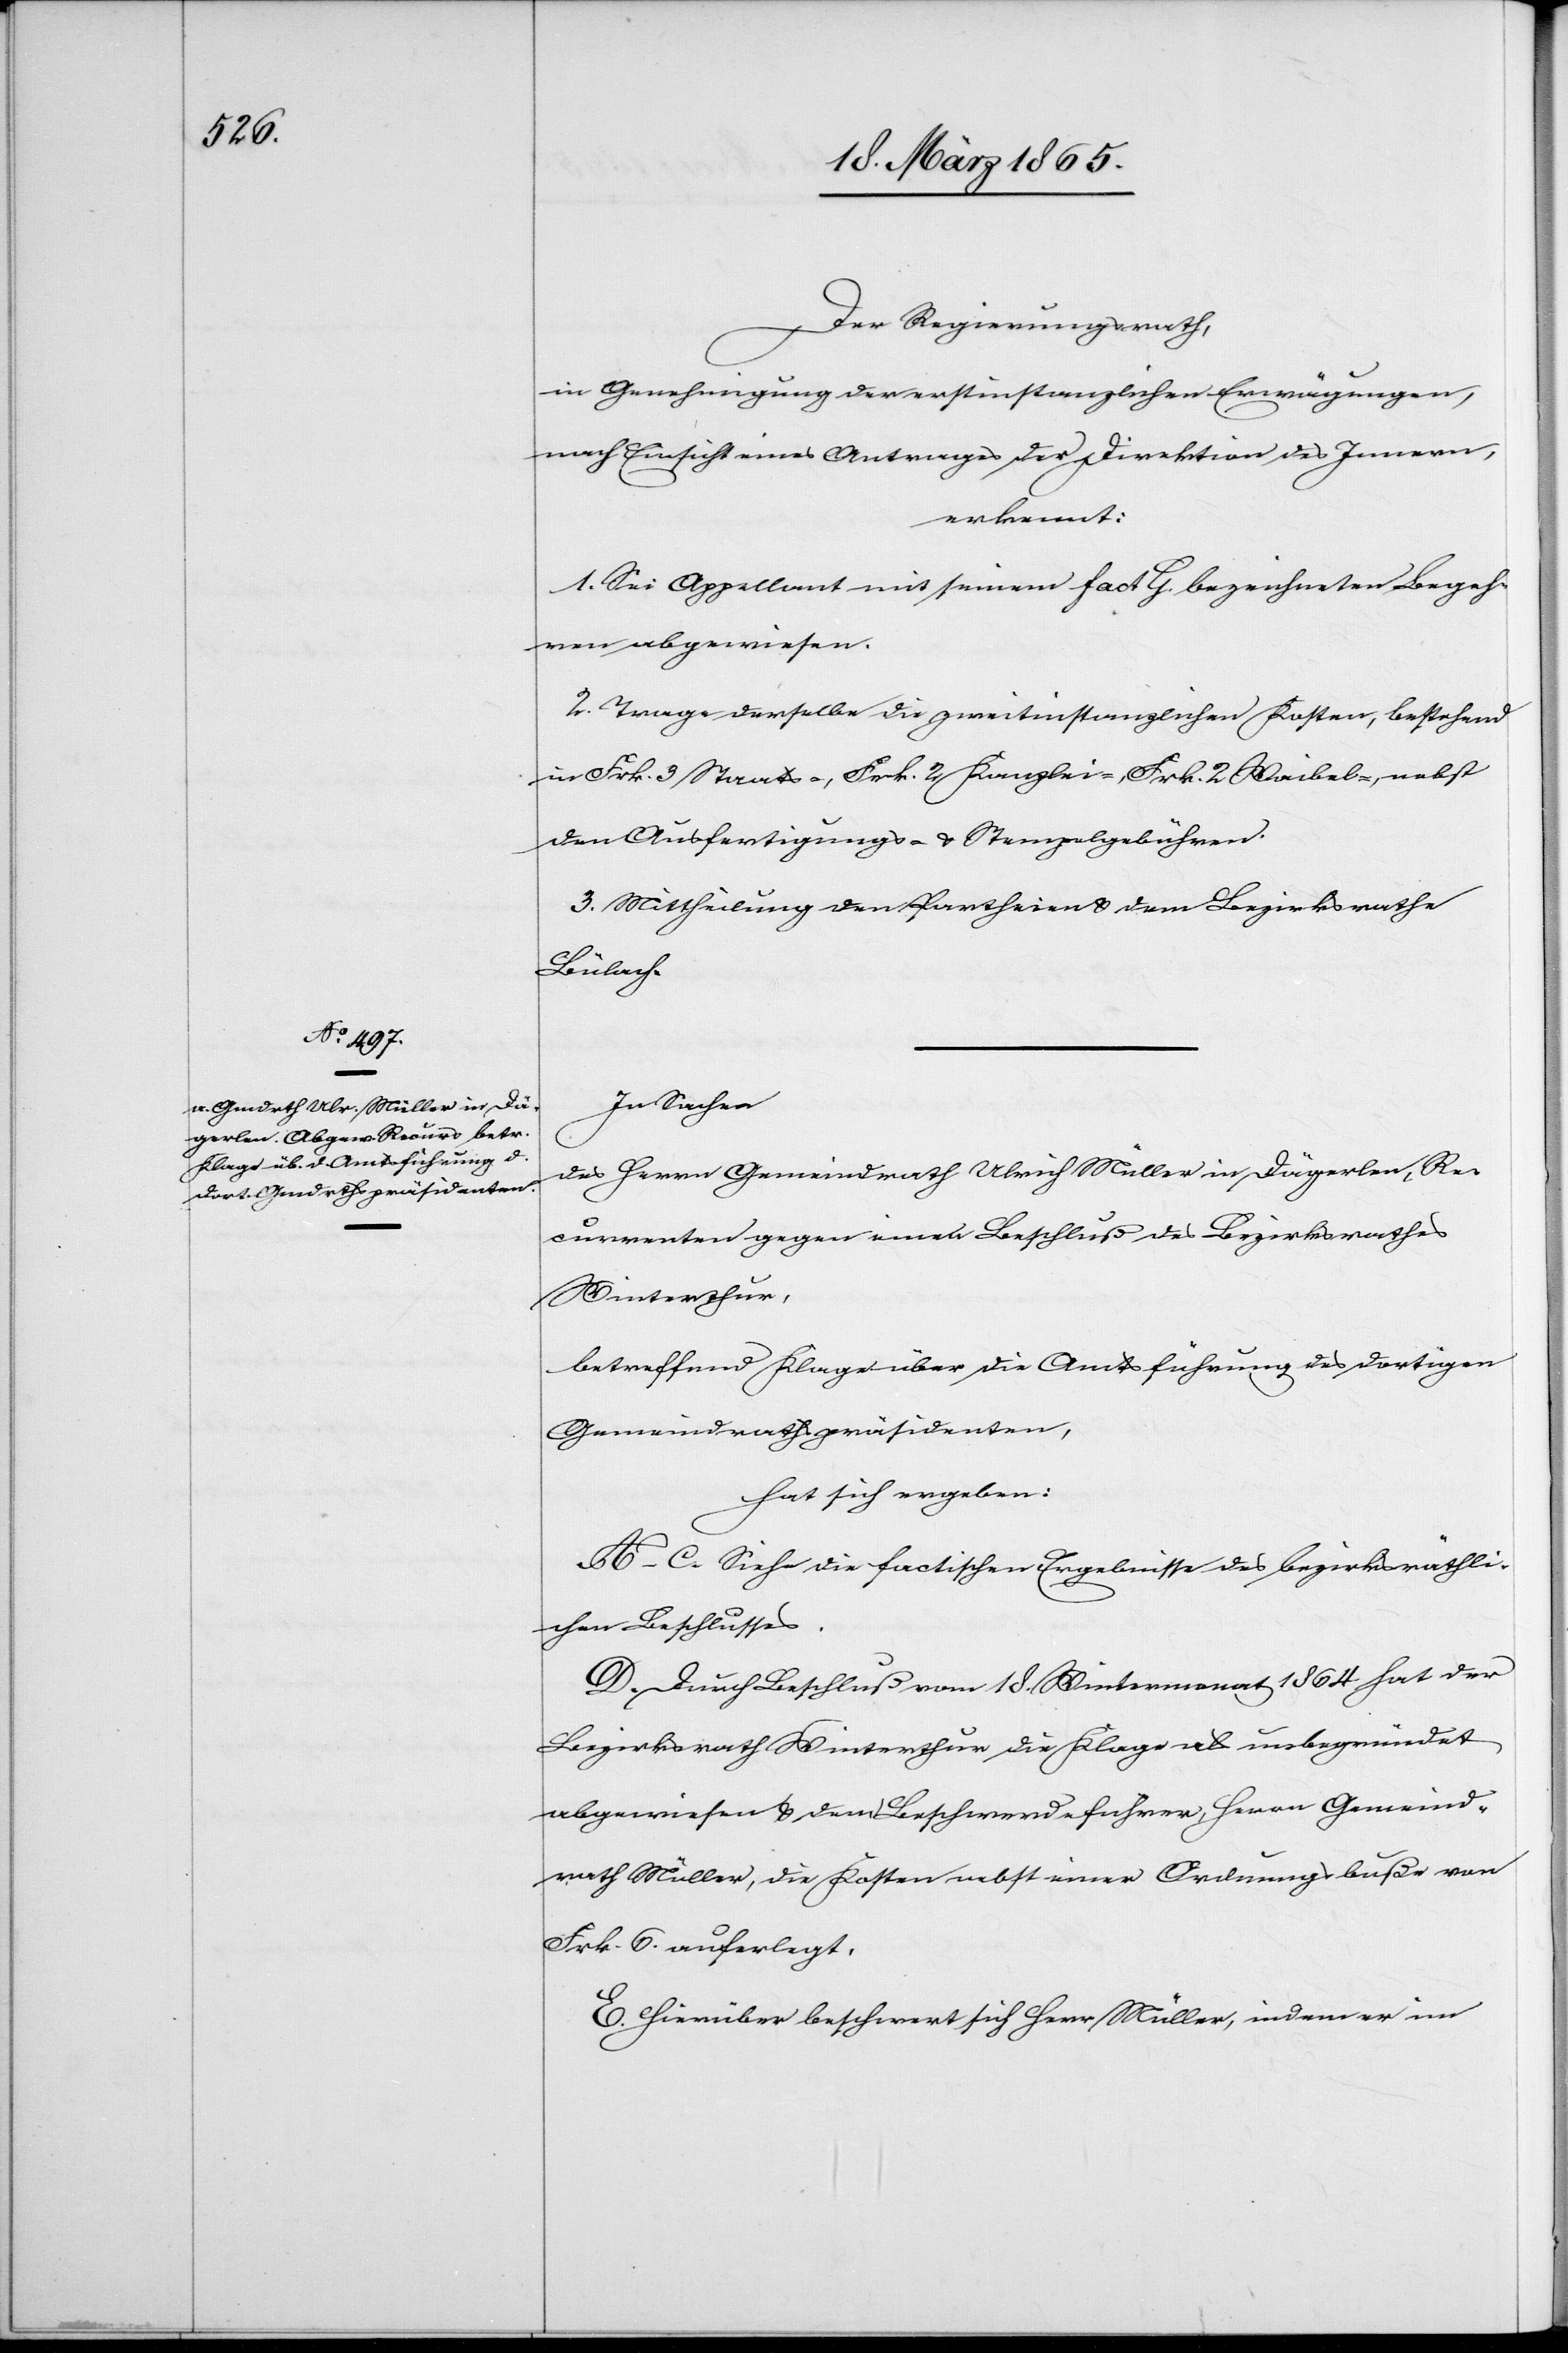
Der Regierungsrath,
in Genehmigung der erstinstanzlichen Erwägungen,
nach Einsicht eines Antrages der Direktion des Innern,
erkennt:
1. Sei Appellant mit seinem fact G. bezeichneten Begeh¬
ren abgewiesen.
2. Trage derselbe die zweitinstanzlichen Kosten, bestehend
in Frk. 3 Staats-, Frk. 2 Kanzlei-, Frk. 2 Waibel-, nebst
den Ausfertigungs- & Stempelgebühren.
3. Mittheilung den Partheien & dem Bezirksrathe
Bülach.
In Sachen
des Herrn Gemeindrath Ulrich Müller in Dägerlen, Re¬
currenten gegen einen Beschluß des Bezirksrathes
Winterthur,
betreffend Klage über die Amtsführung des dortigen
Gemeindrathspräsidenten,
hat sich ergeben:
A–C. Siehe die factischen Ergebnisse des bezirksräthli¬
chen Beschlusses.
D. Durch Beschluß vom 18. Wintermonat 1864 hat der
Bezirksrath Winterthur die Klage als unbegründet
abgewiesen & dem Beschwerdeführer, Herrn Gemeind¬
rath Müller, die Kosten nebst einer Ordnungsbuße von
Frk. 6 auferlegt.
E. Hierüber beschwert sich Herr Müller, indem er im